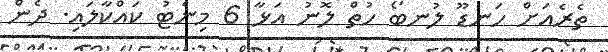
ތެރެއަށް ހަނޑޫ ލުނބޯ ހުތް ލޮނު އަޅާ 6 މިނެޓު ކައްކާލައި. ދެން